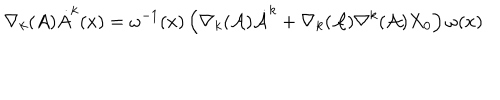
LaTeX: \nabla _ { k } ( A ) \dot { A } ^ { k } ( x ) = \omega ^ { - 1 } ( x ) \left( \nabla _ { k } ( { \cal A } ) { \dot { \cal A } } ^ { k } + \nabla _ { k } ( { \cal A } ) \nabla ^ { k } ( { \cal A } ) X _ { 0 } \right) \omega ( x )